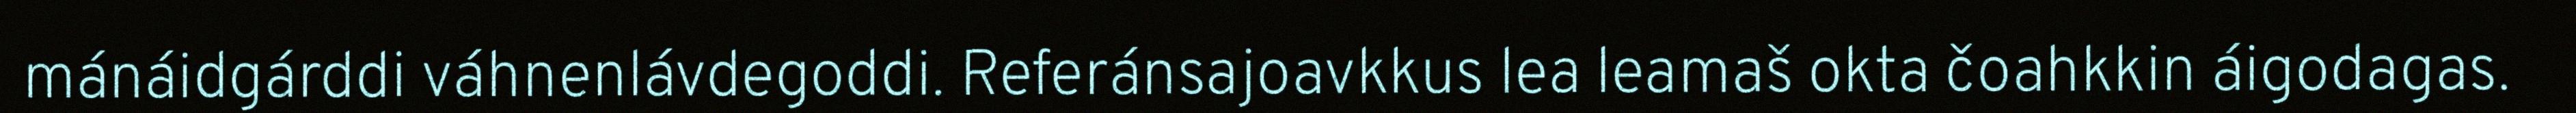
mánáidgárddi váhnenlávdegoddi. Referánsajoavkkus lea leamaš okta čoahkkin áigodagas.